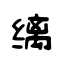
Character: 缡